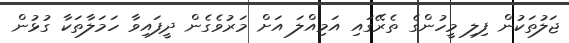
ޖަލުތަކުން ފިލި މީހުންގެ ތެރޭގައި އަމިއްލަ އަށް މަރުވެގެން ދީފައިވާ ހަމަލާތަކާ ގުޅުން